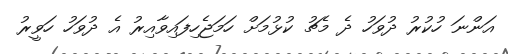
އަންނަ ހުކުރު ދުވަހު ދެ މެޗު ކުޅުމަށް ހަމަޖެހިފައިވާއިރު އެ ދުވަހު ހަވީރު